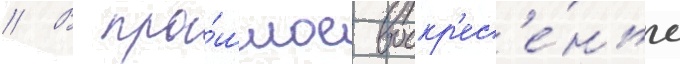
// В про́шлое воскр'ес'е́нье